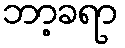
ဘာ့ခရာ